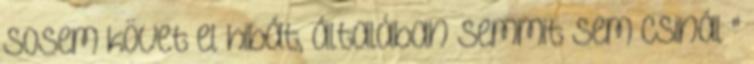
sosem követ el hibát, általában semmit sem csinál "